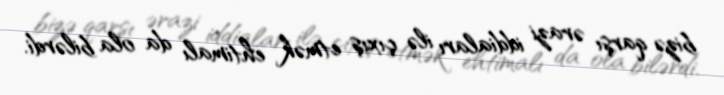
bizə qarşı ərazi iddiaları ilə çıxış etmək ehtimalı da ola bilərdi.